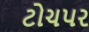
ટોચપર